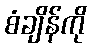
စံချိန်ကို